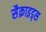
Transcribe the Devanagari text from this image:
सैक्राइड्स